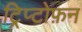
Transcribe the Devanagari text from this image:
ट्रिप्टोफ़न